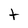
Character: t